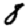
Digit: 8